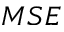
M S E